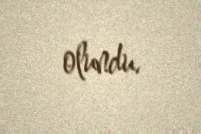
olundu.